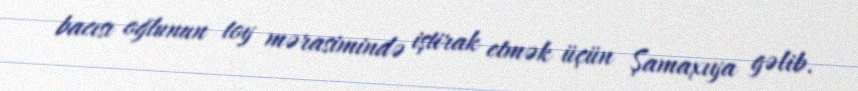
bacısı oğlunun toy mərasimində iştirak etmək üçün Şamaxıya gəlib.